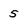
Character: 5